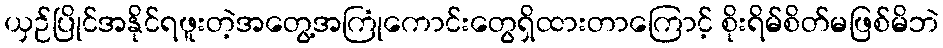
ယှဉ်ပြိုင်အနိုင်ရဖူးတဲ့အတွေ့အကြုံကောင်းတွေရှိထားတာကြောင့် စိုးရိမ်စိတ်မဖြစ်မိဘဲ